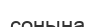
сонына